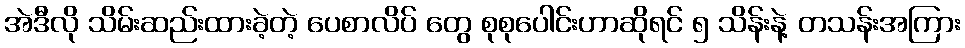
အဲဒီလို သိမ်းဆည်းထားခဲ့တဲ့ ပေစာလိပ် တွေ စုစုပေါင်းဟာဆိုရင် ၅ သိန်းနဲ့ တသန်းအကြား